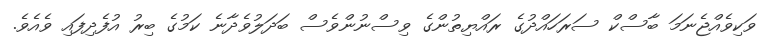
ވަކިވެއްޖެނަމަ ބާސްކް ސަރަހައްދުގެ ރައްޔިތުންގެ ވިސްނުންވެސް ބަދަލުވެދާނެ ކަމުގެ ބިރު އުފެދިފައި ވެއެވެ.